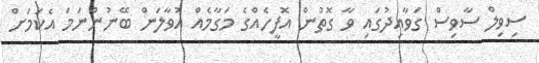
ސިވިލް ސާވިސް ގަވާއިދުގައި ވާ ގޮތުން އޮފީހެއްގެ މަގާމެއް އުވާލަން ބޭނުންނަމަ އެކަމަށް